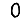
Digit: 0